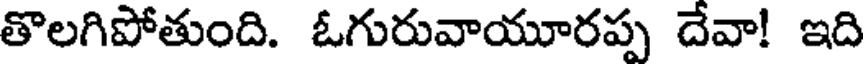
తొలగిపోతుంది. ఓగురువాయూరప్ప దేవా! ఇది